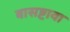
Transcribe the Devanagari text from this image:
बासष्टावा